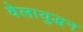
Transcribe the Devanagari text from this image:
वेलायुद्धन